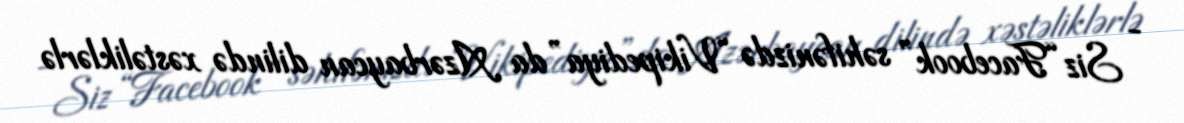
- Siz “Facebook” səhifənizdə “Vikipediya”da Azərbaycan dilində xəstəliklərlə